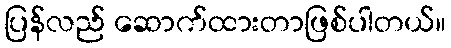
ပြန်လည် ဆောက်ထားတာဖြစ်ပါတယ်။